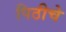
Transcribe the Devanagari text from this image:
पिठीचे